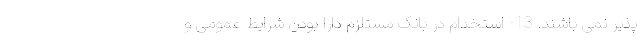
پذیر نمی باشند. 13- استخدام در بانک مستلزم دارا بودن شرایط عمومی و